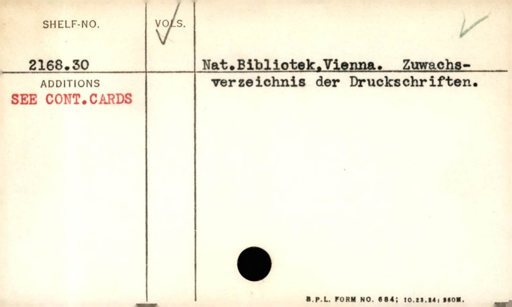
Label: content